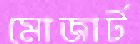
মোজার্ট